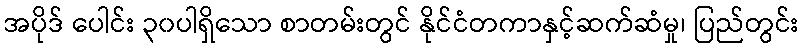
အပိုဒ် ပေါင်း ၃၀ပါရှိသော စာတမ်းတွင် နိုင်ငံတကာနှင့်ဆက်ဆံမှု၊ ပြည်တွင်း